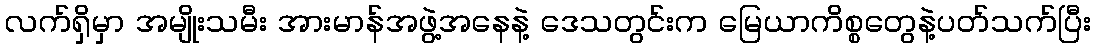
လက်ရှိမှာ အမျိုးသမီး အားမာန်အဖွဲ့အနေနဲ့ ဒေသတွင်းက မြေယာကိစ္စတွေနဲ့ပတ်သက်ပြီး